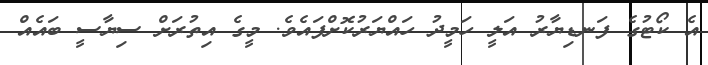
އެ ކޯޓުގެ ފަނޑިޔާރު އަލީ ހަމީދު ހައްޔަރުކޮށްފައެވެ. މީގެ އިތުރަށް ސިޔާސީ ބައެއް